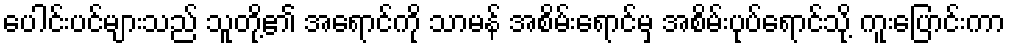
ပေါင်းပင်များသည် သူတို့၏ အရောင်ကို သာမန် အစိမ်းရောင်မှ အစိမ်းပုပ်ရောင်သို့ ကူးပြောင်းကာ